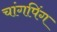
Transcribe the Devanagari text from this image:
चांगपिंग